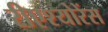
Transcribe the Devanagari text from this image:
रीएश्योरेंस